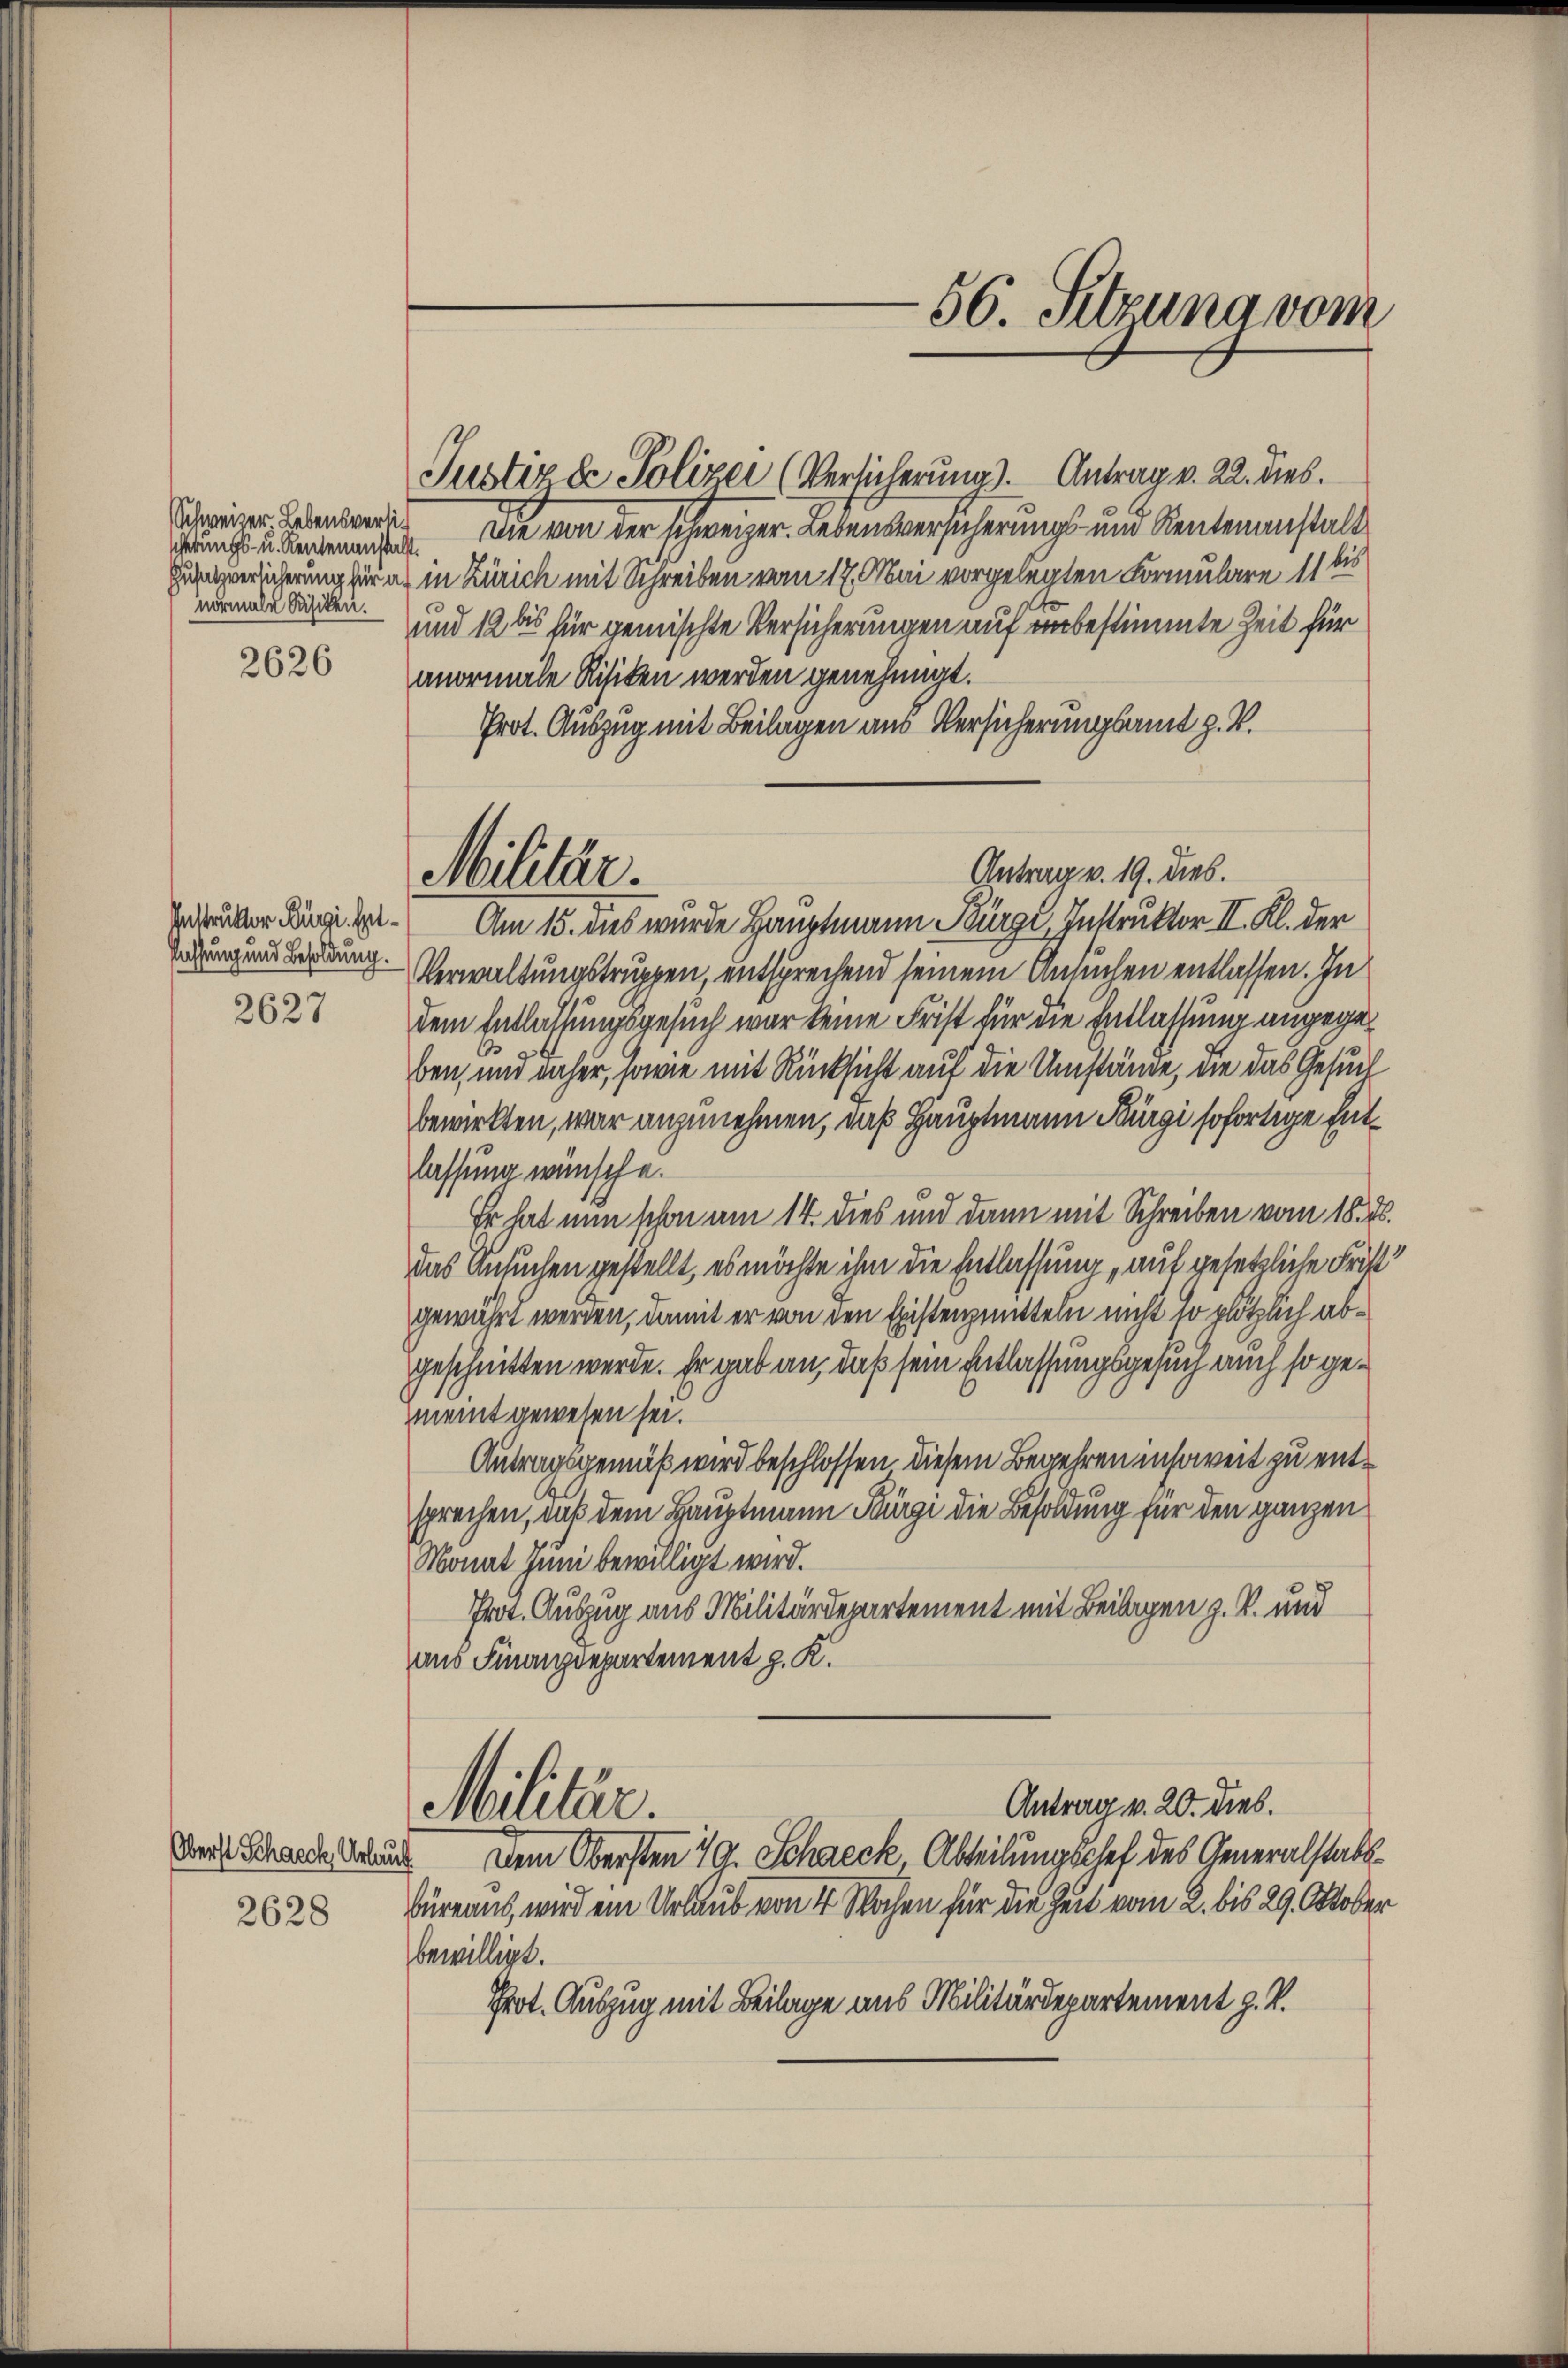
scherungs- u. Rentenanstalt.
normale Risiken.

2626

2627

Oberst Schacck Urlaut
2628

Justiz de Polizei (Versicherung). Antrag v. 22. dies
Scheiner Lebenbandes Die von der schweizer. Lebensversicherungs- und Rentenanstalt
Zusatzversicherung für ich in Zürich mit Schreiben vom 17. Mai vorgelegten Formulare 11 bis
und 12 bis für gemischte Versicherungen auf unbestimmte Zeit für
anormale Risiken werden genehmigt.
Prot. Auszug mit Beilagen aus Versicherungsamt z. B.
druker Lit. Am 15. dies wurde Hauptmann Bürgi, Instruktor II. Kl. der
ung. Verwaltungstruppen, entsprechend seinem Ansuchen entlassen. In
dem Entlassungsgesuch war keine Frist für die Entlassung angege¬
6
ben, und daher, sowie mit Rücksicht auf die Umstände, die das Gesuch
bewirkten, war anzunehmen, daß Hauptmann Bürgi sofortige Entlassung wünsche.
Er hat nun schon am 14. dies und dann mit Schreiben vom 18.
das Ansuchen gestellt, es möchte ihm die Entlassung auf gesetzliche Fra
gewährt werden, damit er von den Existenzmitteln nicht so plötzlich abgeschnitten werde. Er gab an, daß sein Entlassungsgesuch auch so gemeint gewesen sei.
Antragsgemäß wird beschlossen diesem Begehren insoweit zu entsprechen, daß dem Hauptmann Bürgi die Besoldung für den ganzen
Monat Juni bewilligt wird.
Prot. Auszug aus Militärdepartement mit Beilagen z. B. und
aus Finanzdepartement z. K.
Antrag v. 20. dies.
Militär.
Dem Obersten 19. Schneck, Abteilungschef des Generalstabe
büreaus, wird ein Urlaub von 4 Wochen für die Zeit vom 2. bis 29. Oktober
bewilligt.
Prot. Auszug mit Beilage aus Militärdepartement z. B.

Militär.

56. Sitzung vom

Antrag v. 19. dies.